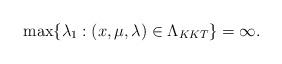
LaTeX: \begin{align*}\max\{\lambda_1: (x,\mu,\lambda) \in \Lambda_{KKT}\} = \infty.\end{align*}